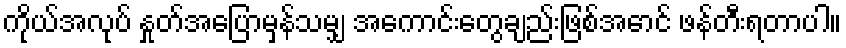
ကိုယ်အလုပ် နှုတ်အပြောမှန်သမျှ အကောင်းတွေချည်းဖြစ်အောင် ဖန်တီးရတာပါ။